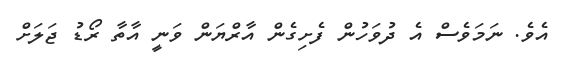
އެވެ. ނަމަވެސް އެ ދުވަހުން ފެށިގެން އާރްޔަން ވަނީ އާތާ ރޯޑު ޖަލަށް